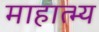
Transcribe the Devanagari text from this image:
माहात्भ्य